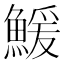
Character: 鰀